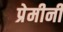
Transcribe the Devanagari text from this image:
प्रेमीनी